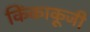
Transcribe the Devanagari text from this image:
किंकाकूजी